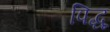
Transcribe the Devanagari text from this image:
पिद्धू